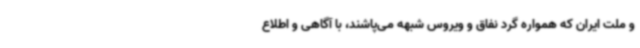
و ملت ایران که همواره گرد نفاق و ویروس شبهه می‌پاشند، با آگاهی و اطلاع